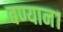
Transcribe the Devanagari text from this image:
बण्यान१